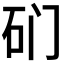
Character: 𱳨